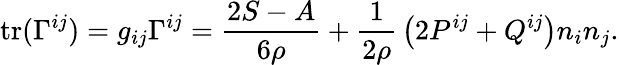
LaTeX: \mathrm{tr}(\Gamma^{ij})=g_{ij}\Gamma^{ij}=\frac{2S-A}{6\rho}+\frac 1{2\rho}\, \left(2P^{ij}+Q^{ij}\right)n_{i}n_{j}.